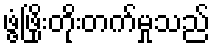
ဖွံ့ဖြိုးတိုးတက်မှုသည်